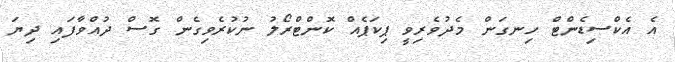
އެ އެކްސިޑެންްޓް ހިނގަން މެދުވެރިވީ ޕިކަޕެއް ކޮންޓްރޯލު ނުކުރެވިގެން ގޮސް ދުއްވާފައި ދިޔަ